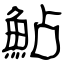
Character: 鮎